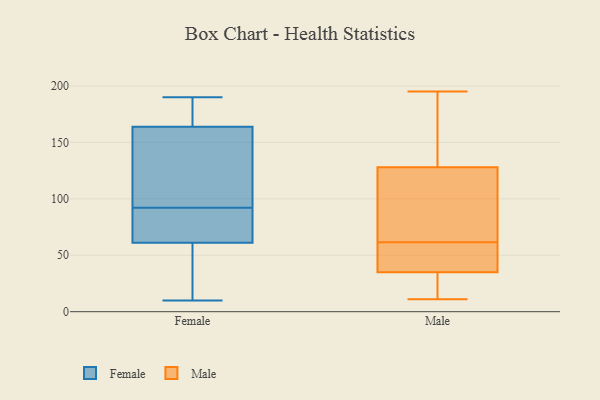
{"axis": {"x": "Humidity (%)", "y": "Value"}, "legend": ["Female", "Male"], "data": [{"x": "", "y": 99, "type": "Female"}, {"x": "", "y": 190, "type": "Female"}, {"x": "", "y": 92, "type": "Female"}, {"x": "", "y": 91, "type": "Female"}, {"x": "", "y": 151, "type": "Female"}, {"x": "", "y": 55, "type": "Female"}, {"x": "", "y": 180, "type": "Female"}, {"x": "", "y": 10, "type": "Female"}, {"x": "", "y": 170, "type": "Female"}, {"x": "", "y": 149, "type": "Female"}, {"x": "", "y": 15, "type": "Female"}, {"x": "", "y": 168, "type": "Female"}, {"x": "", "y": 25, "type": "Female"}, {"x": "", "y": 90, "type": "Female"}, {"x": "", "y": 79, "type": "Female"}, {"x": "", "y": 22, "type": "Male"}, {"x": "", "y": 68, "type": "Male"}, {"x": "", "y": 47, "type": "Male"}, {"x": "", "y": 81, "type": "Male"}, {"x": "", "y": 128, "type": "Male"}, {"x": "", "y": 195, "type": "Male"}, {"x": "", "y": 11, "type": "Male"}, {"x": "", "y": 35, "type": "Male"}, {"x": "", "y": 55, "type": "Male"}, {"x": "", "y": 180, "type": "Male"}]}